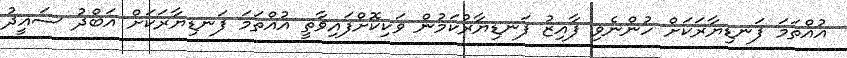
އުއްތަމަ ފަނޑިޔާރަކަށް ހުންނެވި ފާއިޒު ފަނޑިޔާރުކަމުން ވަކިކޮށްފައިވާތީ އުއްތަމަ ފަނޑިޔާރަކަށް އަބްދު ސައީދު